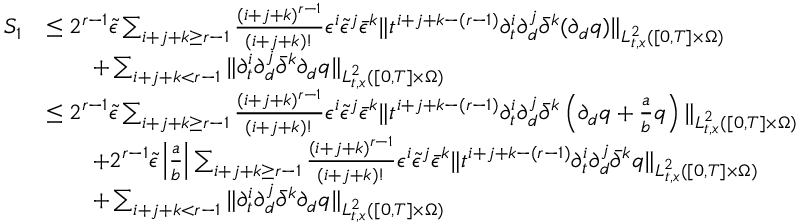
\begin{array} { r l } { S _ { 1 } } & { \le 2 ^ { r - 1 } \tilde { \epsilon } \sum _ { i + j + k \ge r - 1 } \frac { ( i + j + k ) ^ { r - 1 } } { ( i + j + k ) ! } \epsilon ^ { i } \tilde { \epsilon } ^ { j } \bar { \epsilon } ^ { k } \| t ^ { i + j + k - ( r - 1 ) } \partial _ { t } ^ { i } \partial _ { d } ^ { j } \bar { \partial } ^ { k } ( \partial _ { d } q ) \| _ { L _ { t , x } ^ { 2 } ( [ 0 , T ] \times \Omega ) } } \\ & { \quad \quad + \sum _ { i + j + k < r - 1 } \| \partial _ { t } ^ { i } \partial _ { d } ^ { j } \bar { \partial } ^ { k } \partial _ { d } q \| _ { L _ { t , x } ^ { 2 } ( [ 0 , T ] \times \Omega ) } } \\ & { \le 2 ^ { r - 1 } \tilde { \epsilon } \sum _ { i + j + k \ge r - 1 } \frac { ( i + j + k ) ^ { r - 1 } } { ( i + j + k ) ! } \epsilon ^ { i } \tilde { \epsilon } ^ { j } \bar { \epsilon } ^ { k } \| t ^ { i + j + k - ( r - 1 ) } \partial _ { t } ^ { i } \partial _ { d } ^ { j } \bar { \partial } ^ { k } \left( \partial _ { d } q + \frac { a } { b } q \right) \| _ { L _ { t , x } ^ { 2 } ( [ 0 , T ] \times \Omega ) } } \\ & { \quad \quad + 2 ^ { r - 1 } \tilde { \epsilon } \left| \frac { a } { b } \right| \sum _ { i + j + k \ge r - 1 } \frac { ( i + j + k ) ^ { r - 1 } } { ( i + j + k ) ! } \epsilon ^ { i } \tilde { \epsilon } ^ { j } \bar { \epsilon } ^ { k } \| t ^ { i + j + k - ( r - 1 ) } \partial _ { t } ^ { i } \partial _ { d } ^ { j } \bar { \partial } ^ { k } q \| _ { L _ { t , x } ^ { 2 } ( [ 0 , T ] \times \Omega ) } } \\ & { \quad \quad + \sum _ { i + j + k < r - 1 } \| \partial _ { t } ^ { i } \partial _ { d } ^ { j } \bar { \partial } ^ { k } \partial _ { d } q \| _ { L _ { t , x } ^ { 2 } ( [ 0 , T ] \times \Omega ) } } \end{array}